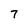
Character: 7